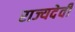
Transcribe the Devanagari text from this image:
राज्यदेवी